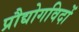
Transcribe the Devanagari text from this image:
प्रौद्योगविदों